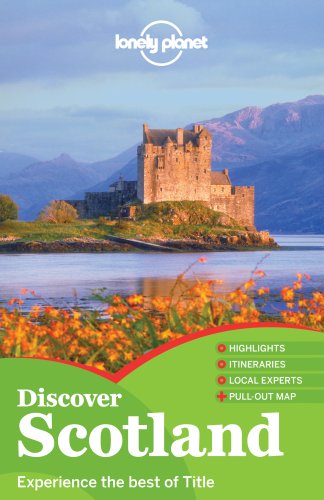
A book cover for Lonely Planet Discover Scotland (Travel Guide); Lonely Planet; Travel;